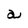
Character: a